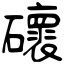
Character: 䃶